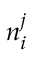
n _ { i } ^ { j }